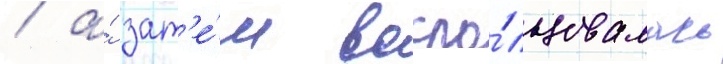
/ а́ зат'е́м воспо́льзовалась